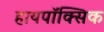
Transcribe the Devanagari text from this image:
हायपॉक्सिक